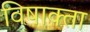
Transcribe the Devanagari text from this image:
विषाक्ता